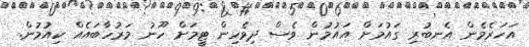
އަހަރެމެން އެނބުރި ގައުމަށް އައުމުން ވެސް ދިވެހިން ޓީމަށް ހޫނު މަރުހާބައެއް ކިއުމުން.